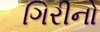
ગિરીનો